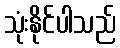
သုံးနိုင်ပါသည်